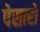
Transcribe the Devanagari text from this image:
पेसारो